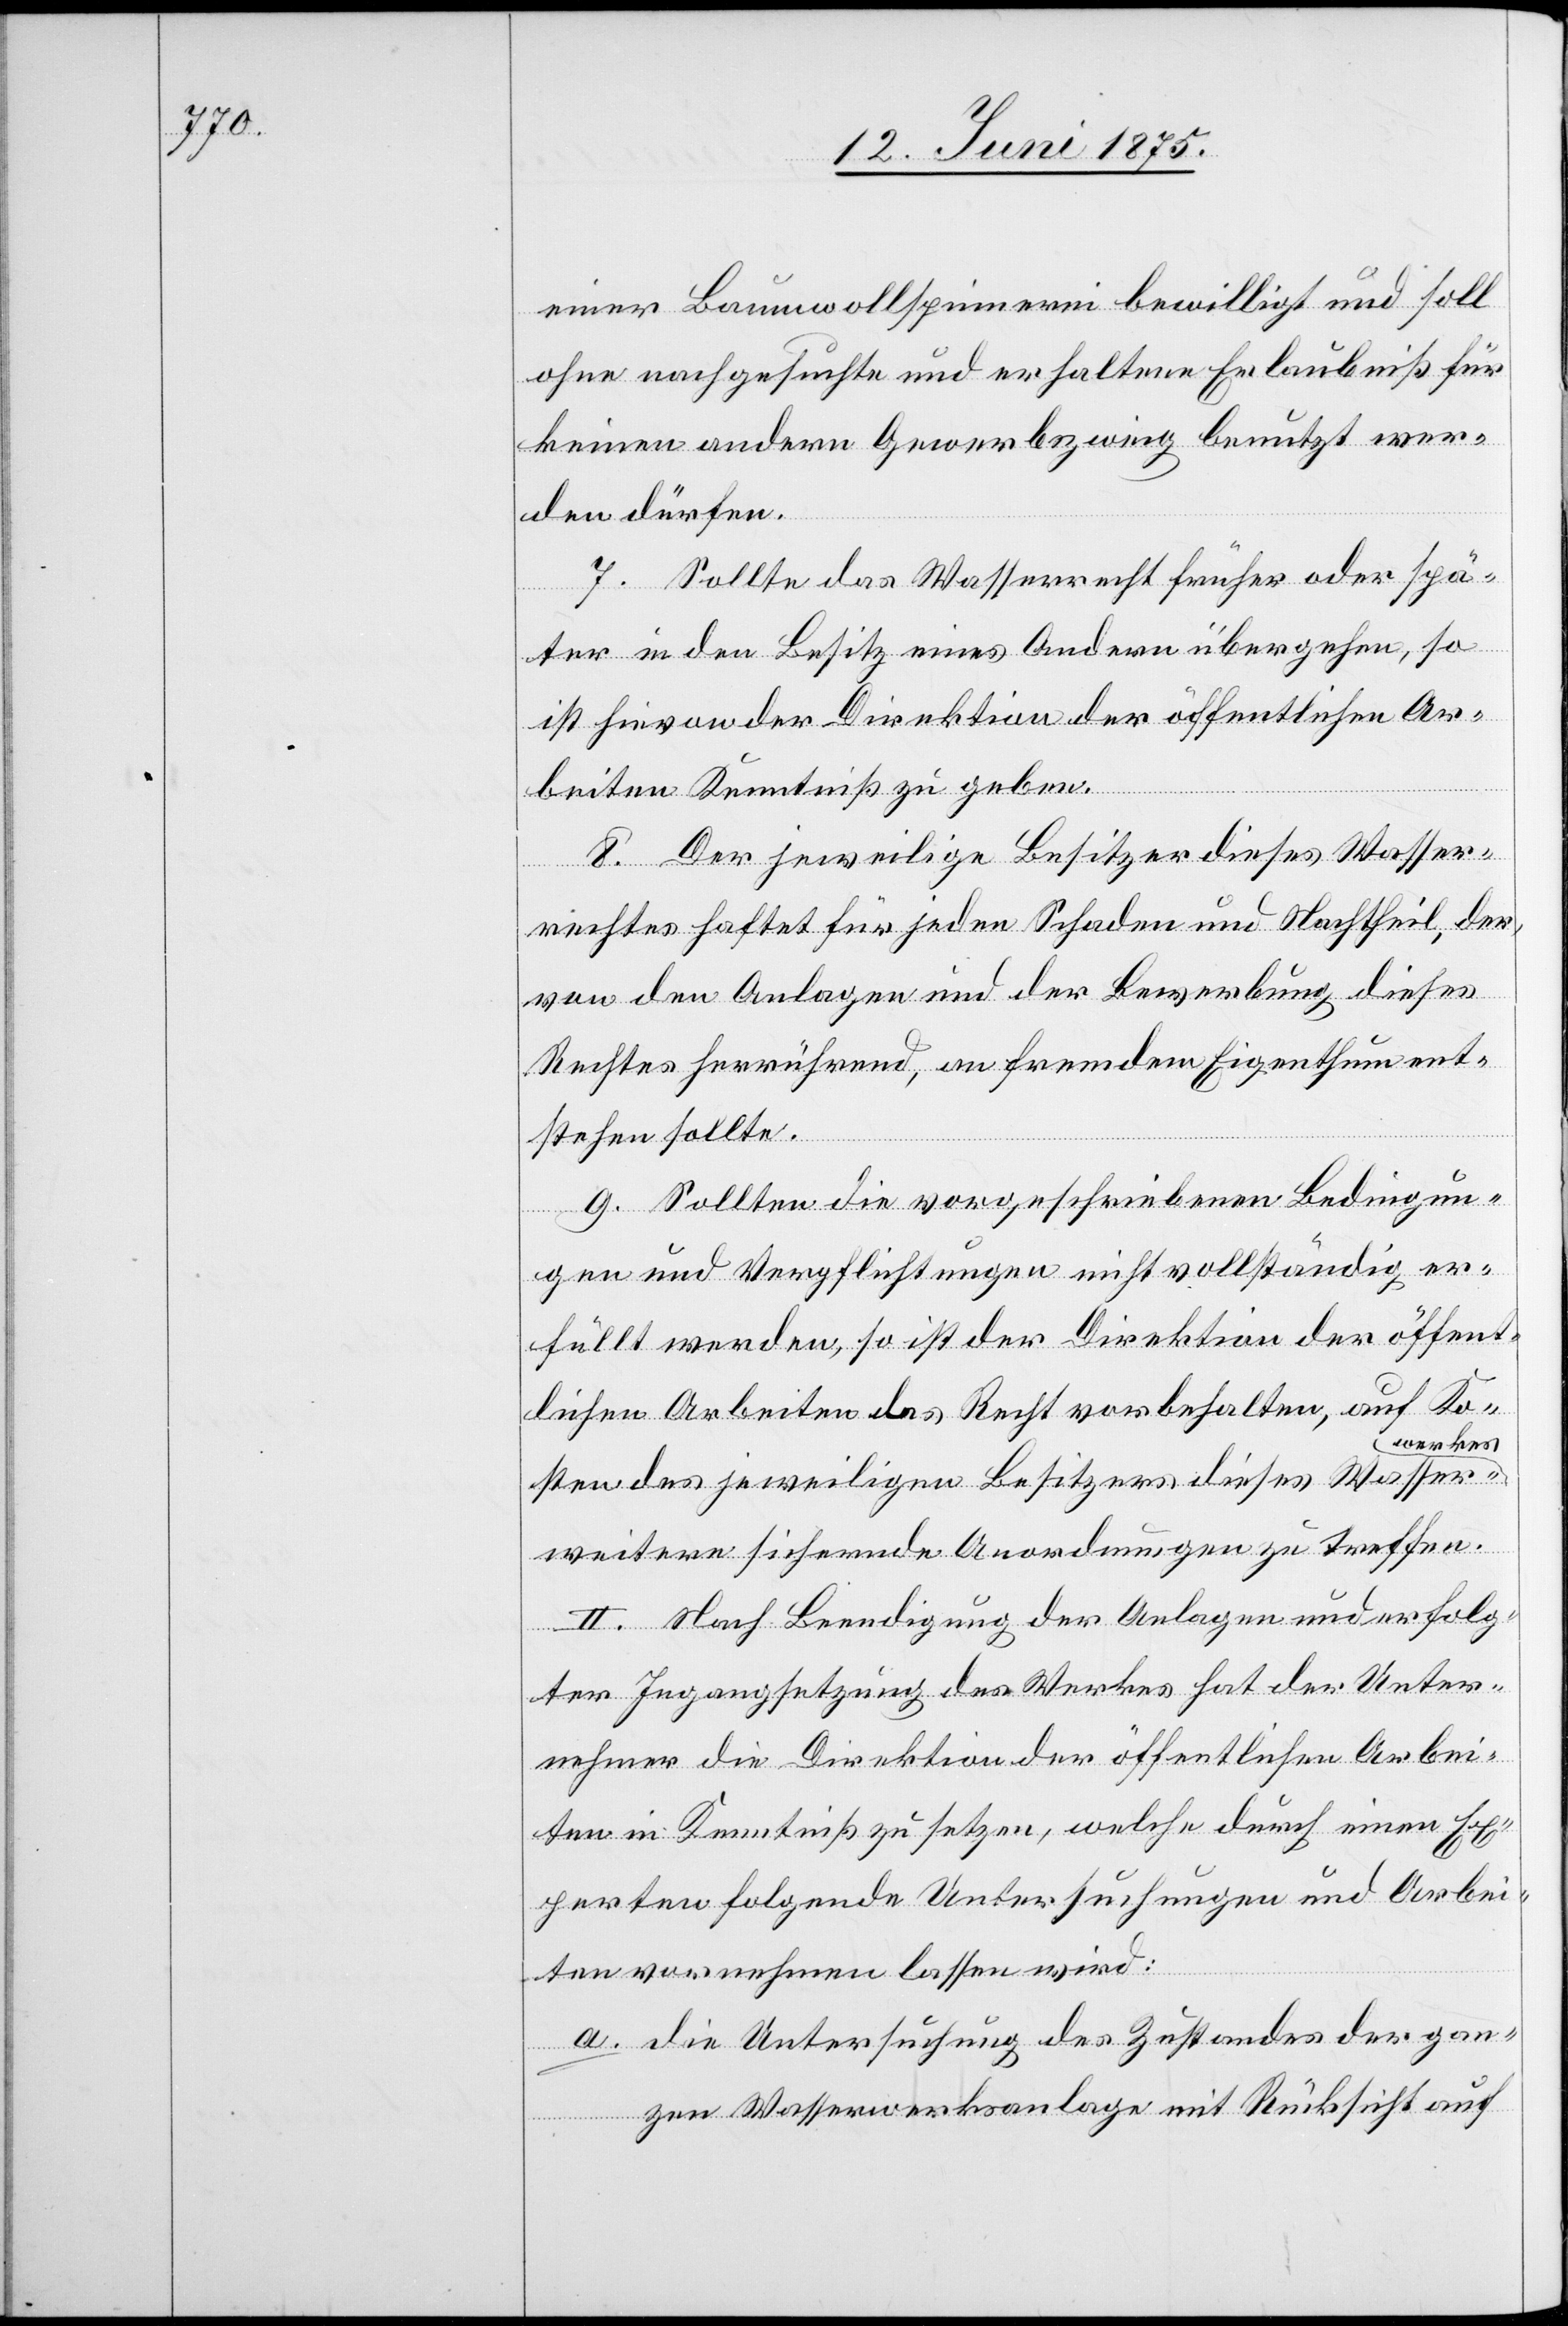
einer Baumwollspinnerei bewilligt und soll
ohne nachgesuchte und erhaltene Erlaubniß für
keinen andern Gewerbszweig benutzt wer¬
den dürfen.
7. Sollte das Wasserrecht früher oder spä¬
ter in den Besitz eines Andern übergehen, so
ist hievon der Direktion der öffentlichen Ar¬
beiten Kenntniß zu geben.
8. Der jeweilige Besitzer dieses Wasser¬
rechtes haftet für jeden Schaden und Nachtheil, der,
von den Anlagen und der Bewerbung dieses
Rechtes herrührend, an fremdem Eigenthum ent¬
stehen sollte.
9. Sollten die vorgeschriebenen Bedingun¬
gen und Verpflichtungen nicht vollständig er¬
füllt werden, so ist der Direktion der öffent¬
lichen Arbeiten das Recht vorbehalten, auf Ko¬
werkes
sten des jeweiligen Besitzers dieses Wasser¬
weitere sichernde Anordnungen zu treffen.
II. Nach Beendigung der Anlagen und erfolg¬
ter Ingangsetzung des Werkes hat der Unter¬
nehmer die Direktion der öffentlichen Arbei¬
ten in Kenntniß zu setzen, welche durch einen Ex¬
perten folgende Untersuchungen und Arbei¬
ten vornehmen lassen wird:
a. die Untersuchung des Zustandes der gan¬
zen Wasserwerksanlage mit Rücksicht auf